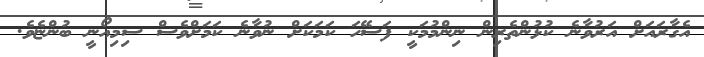
އެގާރައަށް އަރުވާނެ ކުޅުންތެރިން ނިންމުމަކީ ފަސޭހަ ކަމަކަށް ނުވާނެ ކަމަށްވެސް ސިމިއޯނީ ބުންޏެވެ.